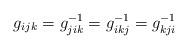
LaTeX: \begin{align*}g_{ijk}=g_{jik}^{-1}=g_{ikj}^{-1}=g_{kji}^{-1}\end{align*}